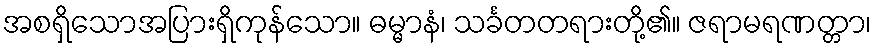
အစရှိသောအပြားရှိကုန်သော။ ဓမ္မာနံ၊ သင်္ခတတရားတို့၏။ ဇရာမရဏတ္တာ၊